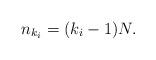
LaTeX: \begin{align*}n_{k_i}=(k_i-1)N. \end{align*}